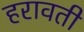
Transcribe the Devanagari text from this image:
हरावती